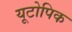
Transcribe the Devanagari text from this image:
यूटोपिक